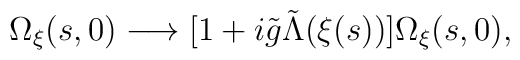
\Omega_\xi(s,0) \longrightarrow [1 + i{\tilde g} {\tilde \Lambda}(\xi(s))]   \Omega_\xi(s,0),